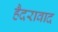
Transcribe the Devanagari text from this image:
हैदरावाद